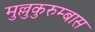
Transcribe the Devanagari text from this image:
मुल्लुकुरुम्बास